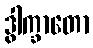
ဒွါက္ခာတော